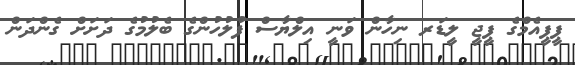
ޕީޕީއެމްގެ ޕީޖީ ލީޑަރ ނިހާން ވަނީ އިލްޔާސް ފުލުހުންގެ ބެލުމުގެ ދަށަށް ގެންދަން